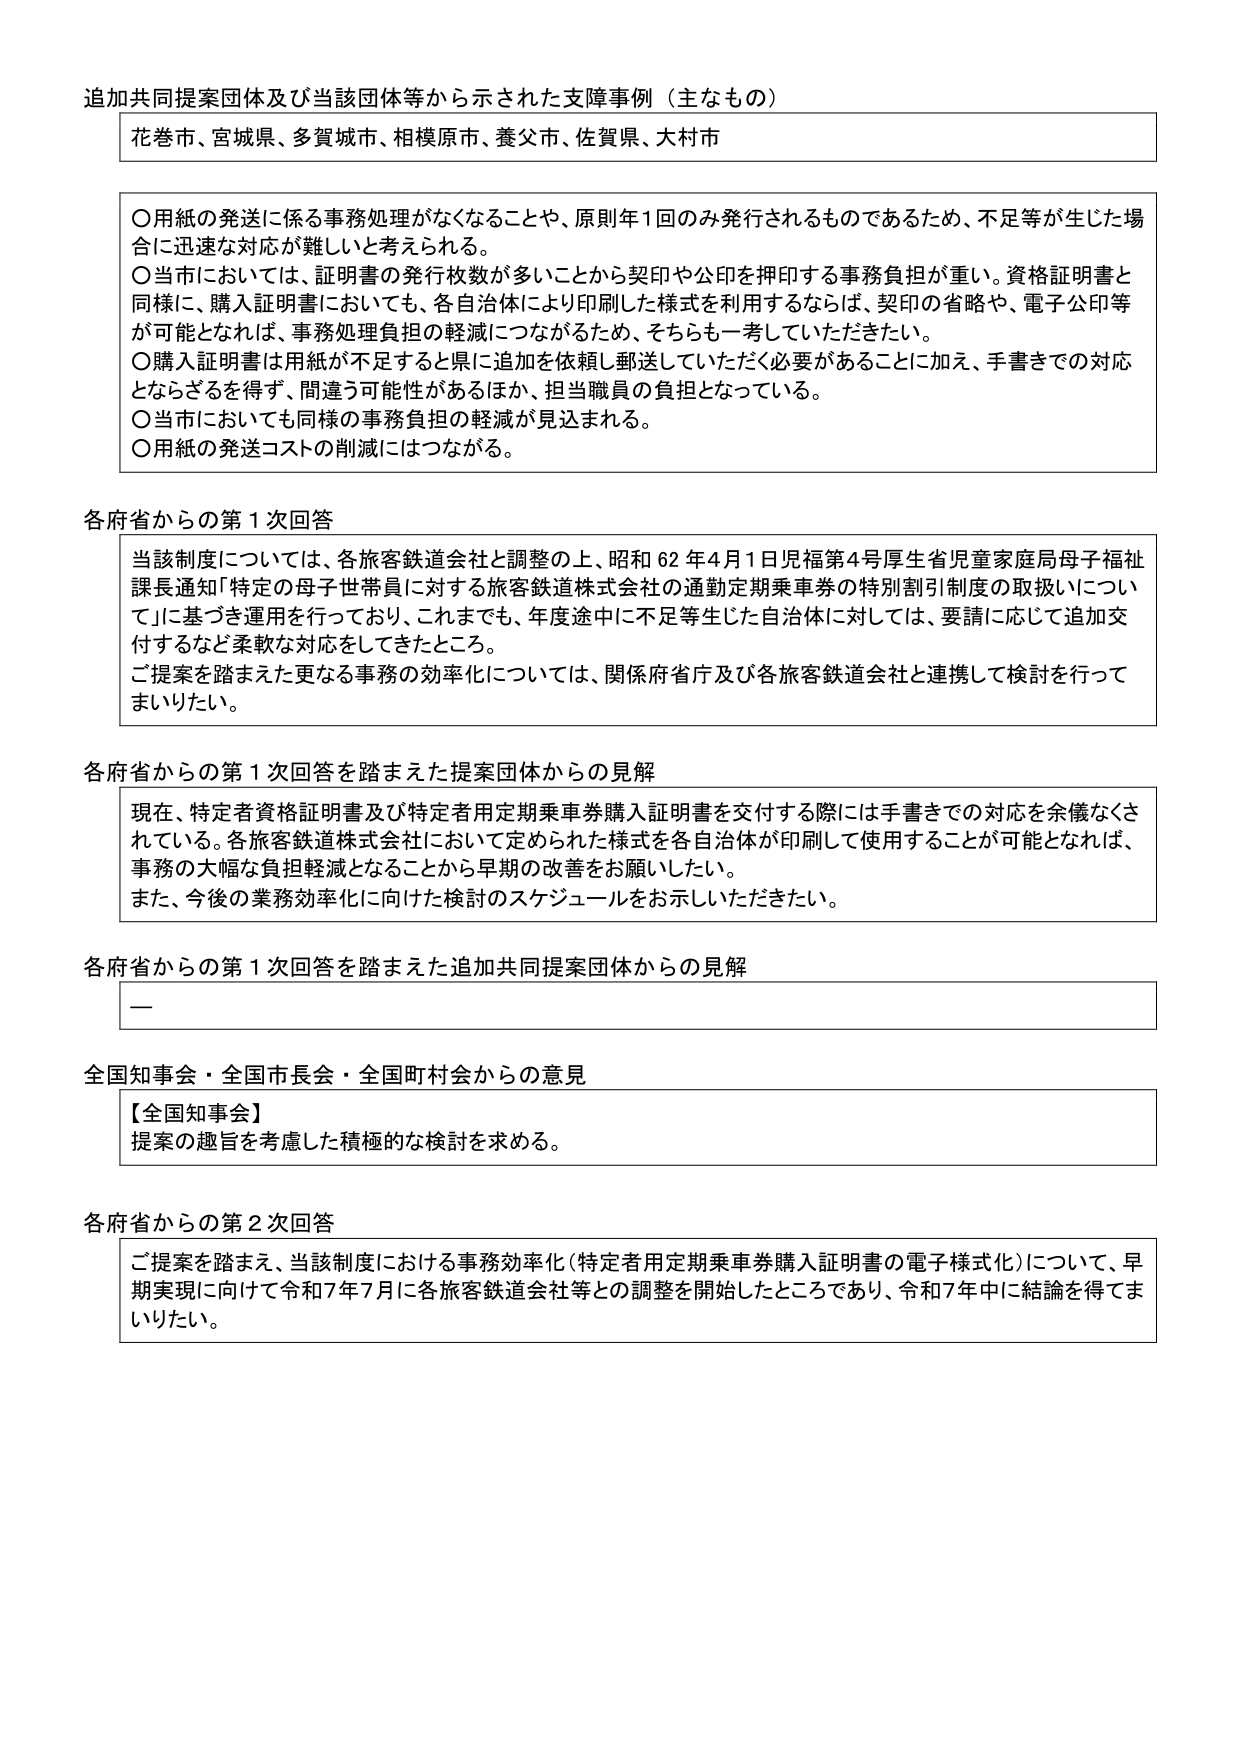
追加共同提案団体及び当該団体等から示された支障事例（主なもの）

花巻市、宮城県、多賀城市、相模原市、養父市、佐賀県、大村市

○用紙の発送に係る事務処理がなくなることや、原則年1回のみ発行されるものであるため、不足等が生じた場合に迅速な対応が難しいと考えられる。
○当市においては、証明書の発行枚数が多いことから契印や公印を押印する事務負担が重い。資格証明書と同様に、購入証明書においても、各自治体により印刷した様式を利用するならば、契印の省略や、電子公印等が可能となれば、事務処理負担の軽減につながるため、そちらも一考していただきたい。
○購入証明書は用紙が不足すると県に追加を依頼し郵送していただく必要があることに加え、手書きでの対応とならざるを得ず、間違う可能性があるほか、担当職員の負担となっている。
○当市においても同様の事務負担の軽減が見込まれる。
○用紙の発送コストの削減にはつながる。

各府省からの第1次回答

当該制度については、各旅客鉄道会社と調整の上、昭和62年4月1日児福第4号厚生省児童家庭局母子福祉課長通知「特定の母子世帯員に対する旅客鉄道株式会社の通勤定期乗車券の特別割引制度の取扱いについて」に基づき運用を行っており、これまでも、年度途中に不足等生じた自治体に対しては、要請に応じて追加交付するなど柔軟な対応をしてきたところ。
ご提案を踏まえた更なる事務の効率化については、関係府省庁及び各旅客鉄道会社と連携して検討を行ってまいりたい。

各府省からの第1次回答を踏まえた提案団体からの見解

現在、特定者資格証明書及び特定者用定期乗車券購入証明書を交付する際には手書きでの対応を余儀なくされている。各旅客鉄道株式会社において定められた様式を各自治体が印刷して使用することが可能となれば、事務の大幅な負担軽減となることから早期の改善をお願いしたい。
また、今後の業務効率化に向けた検討のスケジュールをお示しいただきたい。

各府省からの第1次回答を踏まえた追加共同提案団体からの見解

—

全国知事会・全国市長会・全国町村会からの意見

【全国知事会】
提案の趣旨を考慮した積極的な検討を求める。

各府省からの第2次回答

ご提案を踏まえ、当該制度における事務効率化（特定者用定期乗車券購入証明書の電子様式化）について、早期実現に向けて令和7年7月に各旅客鉄道会社等との調整を開始したところであり、令和7年中に結論を得てまいりたい。